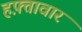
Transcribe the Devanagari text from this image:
हफ़्तावार